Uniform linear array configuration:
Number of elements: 4
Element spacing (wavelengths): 1
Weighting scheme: hann
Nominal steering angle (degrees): -45
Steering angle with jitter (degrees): -45.495
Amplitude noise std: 0.05
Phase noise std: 0.05

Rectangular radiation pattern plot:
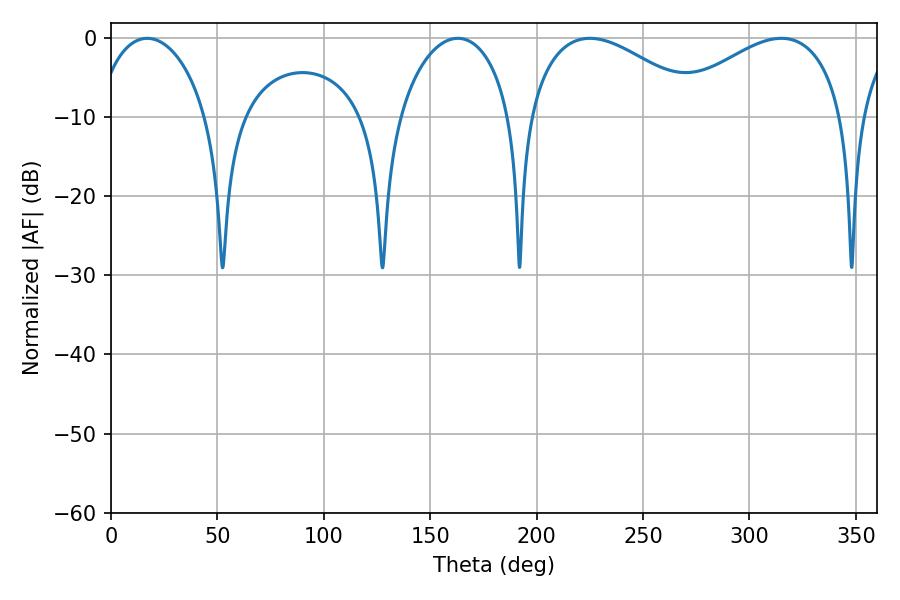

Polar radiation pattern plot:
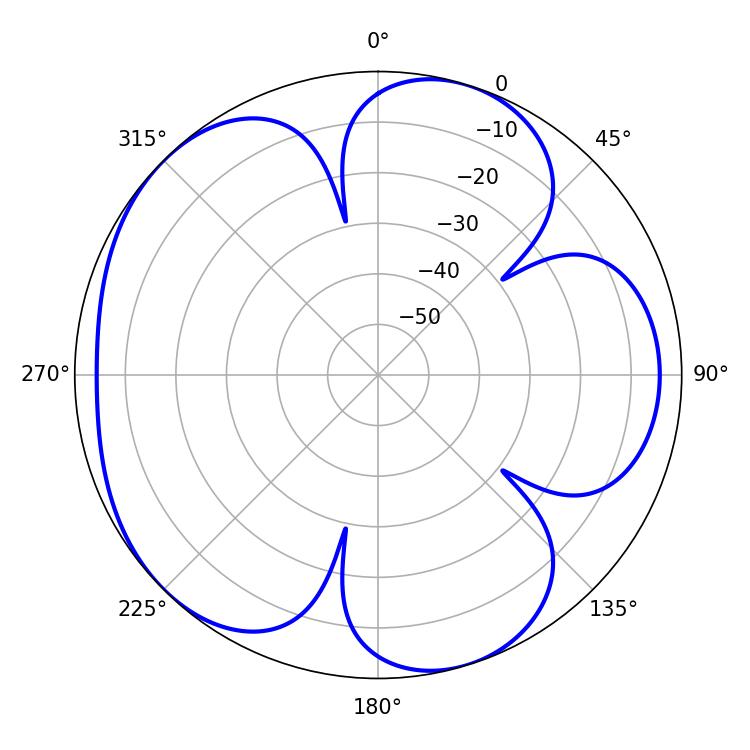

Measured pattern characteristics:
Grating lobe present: TRUE
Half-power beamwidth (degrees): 45.72
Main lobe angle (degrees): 225